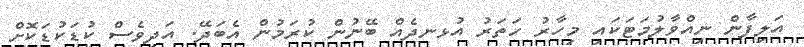
އަލިފާން ނިއްވާލުމަޓަކައި މިހާރު ހަތަރު އުޅނދެއް ބޭނުން ކުރަމުން އެބަދޭ. އަދިވެސް ކުޑަކުޑަކޮށް